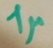
Text: 1µF